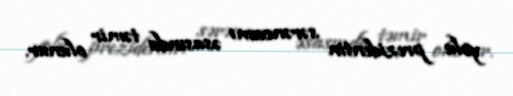
yolu prezidentin sərəncamı əsasında təmir olunur.